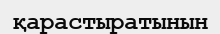
қарастыратынын